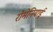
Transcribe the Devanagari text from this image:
रोमेनियाई